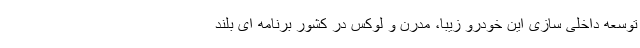
توسعه داخلی سازی این خودرو زیبا، مدرن و لوکس در کشور برنامه ای بلند